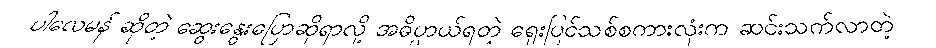
ပါလေမန် ဆိုတဲ့ ဆွေးနွေးပြောဆိုရာလို့ အဓိပ္ပာယ်ရတဲ့ ရှေးပြင်သစ်စကားလုံးက ဆင်းသက်လာတဲ့